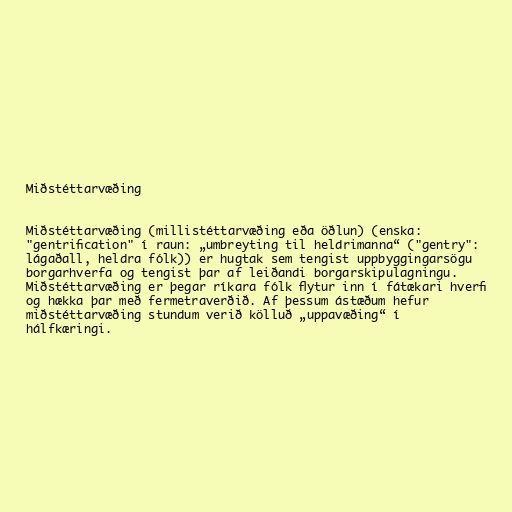
Miðstéttarvæðing

Miðstéttarvæðing (millistéttarvæðing eða öðlun) (enska:
"gentrification" í raun: „umbreyting til heldrimanna“ ("gentry":
lágaðall, heldra fólk)) er hugtak sem tengist uppbyggingarsögu
borgarhverfa og tengist þar af leiðandi borgarskipulagningu.
Miðstéttarvæðing er þegar ríkara fólk flytur inn í fátækari hverfi
og hækka þar með fermetraverðið. Af þessum ástæðum hefur
miðstéttarvæðing stundum verið kölluð „uppavæðing“ í
hálfkæringi.